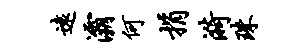
远灞何捐漪珠